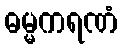
ဓမ္မကရဏံ